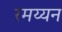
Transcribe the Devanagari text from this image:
रमय्यन